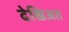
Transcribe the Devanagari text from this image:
देखिअत